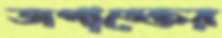
অপাঙ্‌ক্তেয়